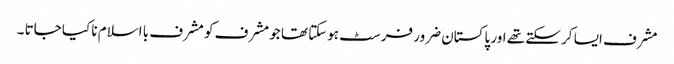
مشرف ایسا کر سکتے تھے اور پاکستان ضرور فرسٹ ہوسکتا تھا جو مشرف کو مشرف با اسلام نا کیا جاتا ۔